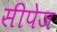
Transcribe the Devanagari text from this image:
सीपेज